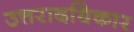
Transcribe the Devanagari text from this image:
उत्तरादधिकार